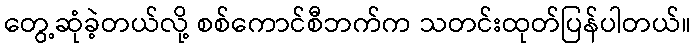
တွေ့ဆုံခဲ့တယ်လို့ စစ်ကောင်စီဘက်က သတင်းထုတ်ပြန်ပါတယ်။